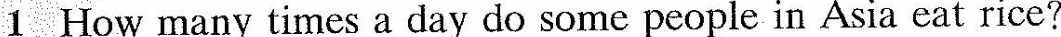
1 How many times a day do some people in Asia eat rice?